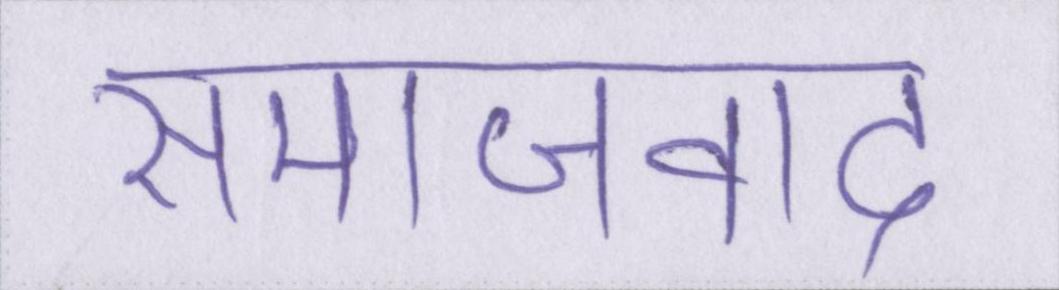
समाजवाद